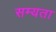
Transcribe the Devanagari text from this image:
सम्यता